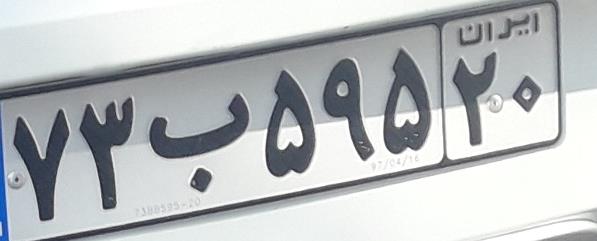
۷۳ب۵۹۵۲۰